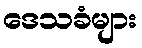
ဒေသခံများ